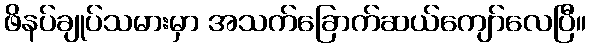
ဖိနပ်ချုပ်သမားမှာ အသက်ခြောက်ဆယ်ကျော်လေပြီ။